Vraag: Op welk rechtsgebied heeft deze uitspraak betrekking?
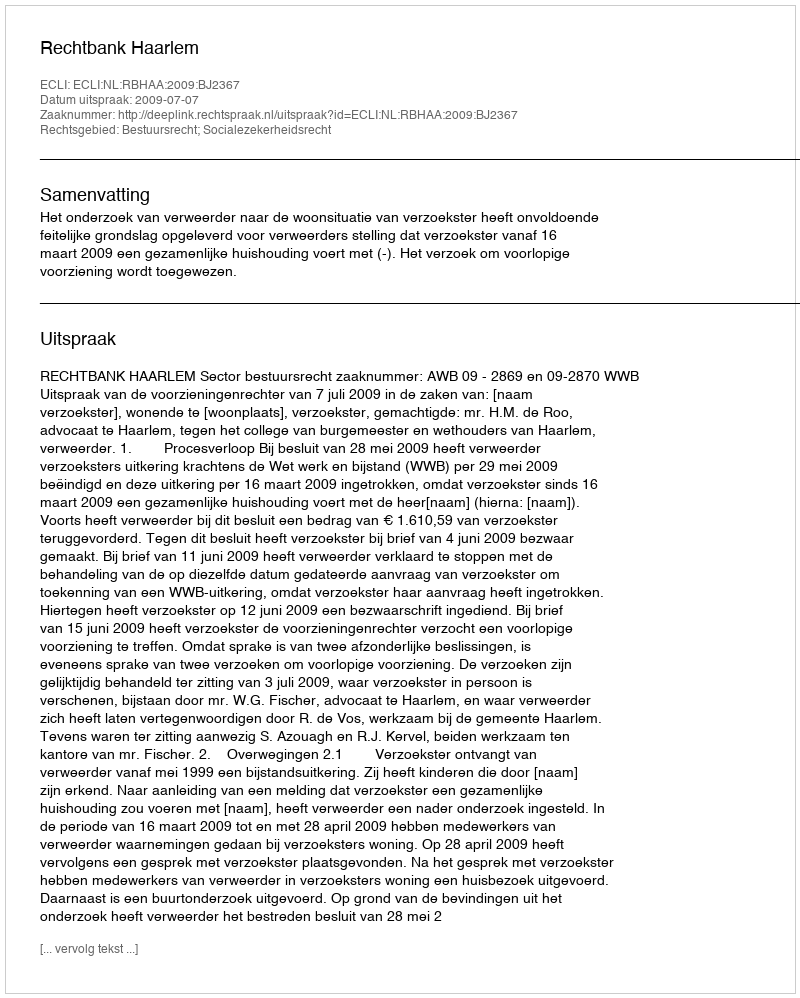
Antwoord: Bestuursrecht; Socialezekerheidsrecht